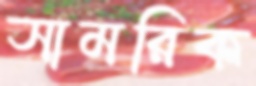
সামরিক